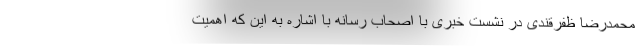
محمدرضا ظفرقندی در نشست خبری با اصحاب رسانه با اشاره به این که اهمیت